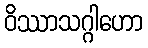
ဝိဿာသဂ္ဂါဟော